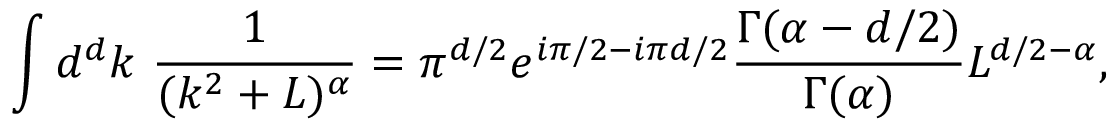
\int d ^ { d } k \ \frac { 1 } { ( k ^ { 2 } + L ) ^ { \alpha } } = \pi ^ { d / 2 } e ^ { i \pi / 2 - i \pi d / 2 } \frac { \Gamma ( \alpha - d / 2 ) } { \Gamma ( \alpha ) } L ^ { d / 2 - \alpha } ,